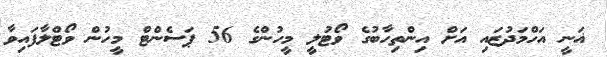
ޣަނީ އަހްމަދުޒައި އަށް އިންތިހާބުގެ ވޯޓުލީ މީހުންގެ 56 ޕަސެންޓް މީހުން ވޯޓްލާފައިވާ